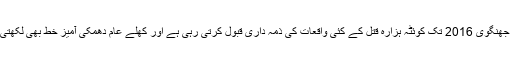
لشکر جھنگوی 2016 تک کوئٹہ ہزارہ قتل کے کئی واقعات کی ذمہ داری قبول کرتی رہی ہے اور کھلے عام دھمکی آمیز خط بھی لکھتی رہی۔